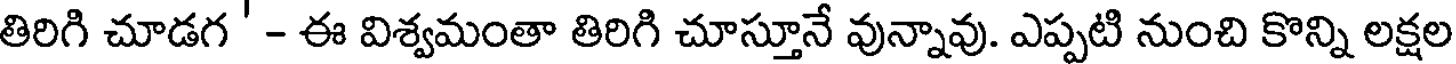
తిరిగి చూడగ ' - ఈ విశ్వమంతా తిరిగి చూస్తూనే వున్నావు. ఎప్పటి నుంచి కొన్ని లక్షల